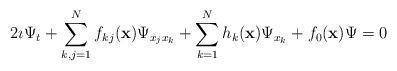
LaTeX: \begin{align*}2\imath\Psi_t+\sum_{k,j=1}^{N} f_{kj}(\mathbf{x})\Psi_{x_jx_k}+\sum_{k=1}^{N}h_k(\mathbf{x})\Psi_{x_k}+f_0(\mathbf{x})\Psi=0\end{align*}